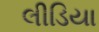
લીડિયા